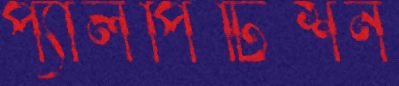
প্যালপিটিশন